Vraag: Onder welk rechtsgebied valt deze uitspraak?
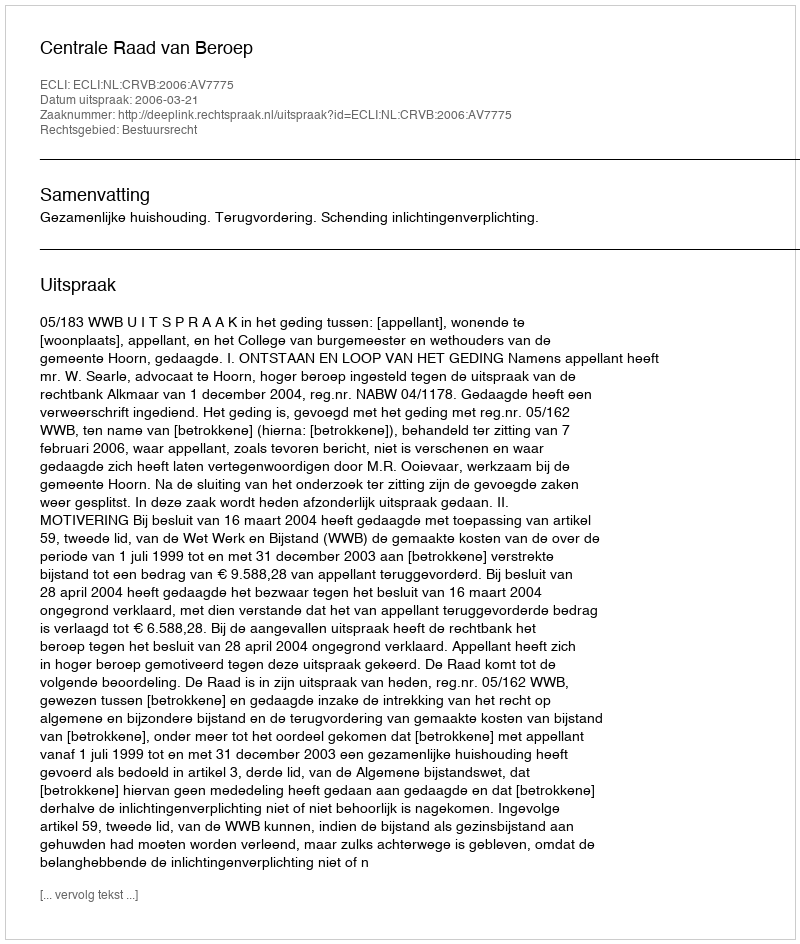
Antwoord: Bestuursrecht